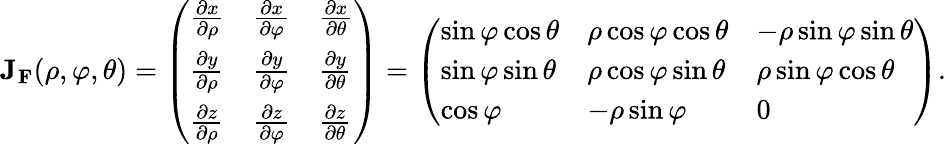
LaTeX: \mathbf{J}_{\mathbf{F}}(\rho,\varphi,\theta)={\left(\begin{array}{lll}{{\frac{\partial x}{\partial\rho}}}&{{\frac{\partial x}{\partial\varphi}}}&{{\frac{\partial x}{\partial\theta}}}\\ {{\frac{\partial y}{\partial\rho}}}&{{\frac{\partial y}{\partial\varphi}}}&{{\frac{\partial y}{\partial\theta}}}\\ {{\frac{\partial z}{\partial\rho}}}&{{\frac{\partial z}{\partial\varphi}}}&{{\frac{\partial z}{\partial\theta}}}\end{array}\right)}={\left(\begin{array}{lll}{\sin\varphi\cos\theta}&{\rho\cos\varphi\cos\theta}&{-\rho\sin\varphi\sin\theta}\\ {\sin\varphi\sin\theta}&{\rho\cos\varphi\sin\theta}&{\rho\sin\varphi\cos\theta}\\ {\cos\varphi}&{-\rho\sin\varphi}&{0}\end{array}\right)}.